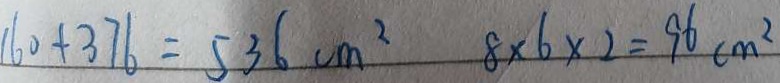
1 6 0 + 3 7 6 = 5 3 6 c m ^ { 2 } 8 \times 6 \times 2 = 9 6 c m ^ { 2 }